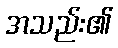
အသည်း၏